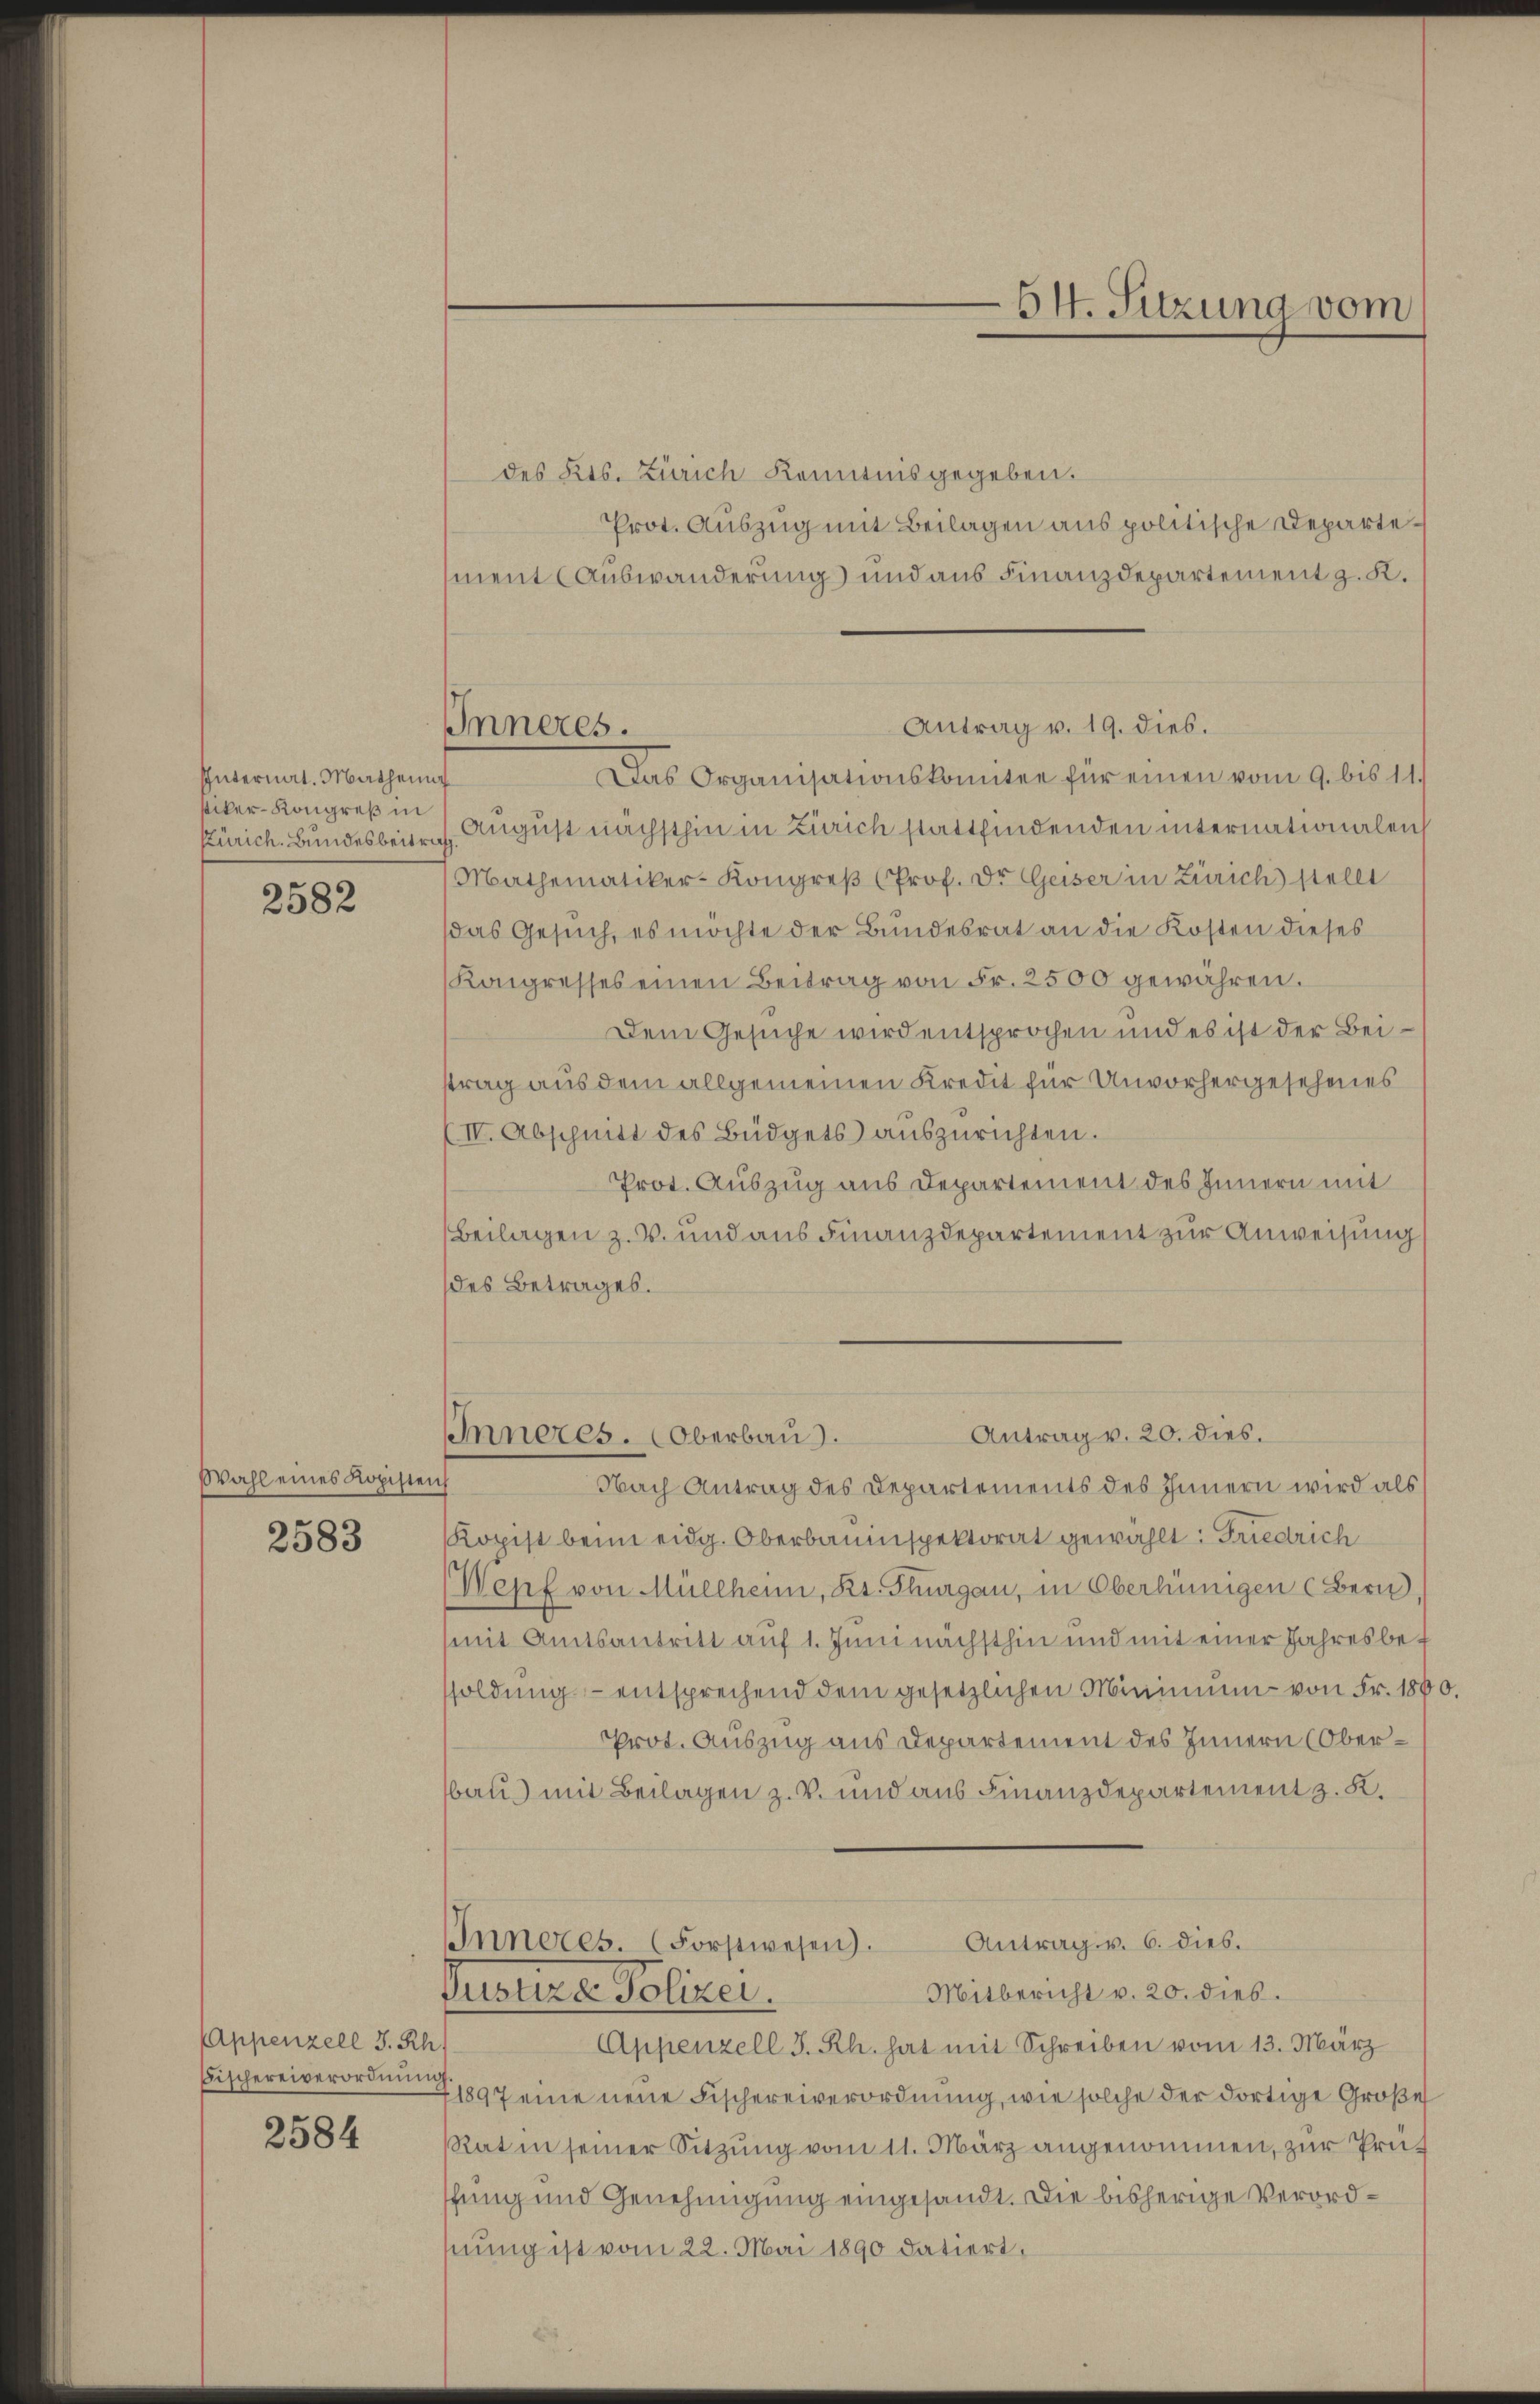
Internat. Mathenn
siker- Kongreß in

2582

Wahl eines Kopisten

2583

Appenzell I.Rh.
Bischereiverordnung
2584

des Kts. Zürich Kenntnisgegeben.
Prot. Auszug mit Beilagen aus politische Departement Auswanderung und aus Finanzdepartement z. K.
Antrag v. 19. dies.
Das Organisationskomitee für einen vom 9. bis 11.
Zürich. Bundesbeitrich. August nächsthin in Zürich stattfindenden internationalen
Mathematiker-Kongreβ (Prof. Dr. Geiser in Zürich stellt
das Gesuch, es möchte der Bundesrat an die Kosten dieses
Kongresses einen Beitrag von Fr. 2500 gewähren.
Dem Gesuche wird entsprochen und es ist der Beistrag aus dem allgemeinen Kredit für Unvorhergesehenes
IV. Abschnitt des Büdgets aŭszŭrichten.
Prot. Auszug aus Departement des Innern mit
Beilagen z. B. und aus Finanzdepartement zur Anweisung
des Betrages.
Antrag v. 20. dies.
Inneres. Oberbau.
Nach Antrag des Departements des Innern wird als
Kopist beim eidg. Oberbauinspektorat gewählt: Friedrich
Wepf von Müllheim, Kt. Thurgau, in Oberhünigen (Bern,
mit Amtsantritt auf 1. Juni nächsthin und mit einer Jahresbet
soldung entsprechend dem gesetzlichen Minimum von Fr. 180
Prot. Auszug aus Departement des Innern (Oberbau mit Beilagen z. V. und aus Finanzdepartement z. K.
Antrag v. 6. dies.
Inneres. (Forstwesen).
Mitbericht v. 20. dies
Giseiner Polizei.
Appenzell I. Rh. hat mit Schreiben vom 13. März
1897 eine neue Fischereiverordnung, wie solche der dortige Große
Rat in seiner Sitzung vom 11. März angenommen, zur Prüffung und Genehmigung eingesandt. Die bisherige Verordhnung ist vom 22. Mai 1890 datiert,

Inneres.

64. Sitzung vom